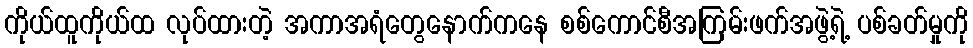
ကိုယ်ထူကိုယ်ထ လုပ်ထားတဲ့ အကာအရံတွေနောက်ကနေ စစ်ကောင်စီအကြမ်းဖက်အဖွဲ့ရဲ့ ပစ်ခတ်မှုကို